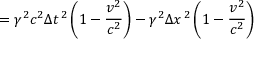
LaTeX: = \gamma ^ { 2 } c ^ { 2 } \Delta t ^ { \, 2 } \left( 1 - { \frac { v ^ { 2 } } { c ^ { 2 } } } \right) - \gamma ^ { 2 } \Delta x ^ { \, 2 } \left( 1 - { \frac { v ^ { 2 } } { c ^ { 2 } } } \right)